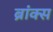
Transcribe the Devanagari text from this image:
ब्रांक्स